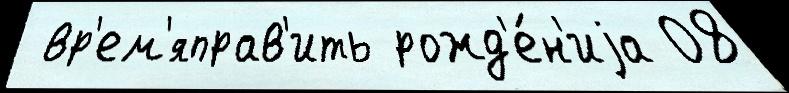
 вр'ем'яправ'ить рожд'е́н'иjа 08